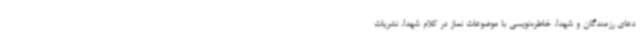
دعای رزمندگان و شهدا، خاطره‌نویسی با موضوعات نماز در کلام شهدا، نشریات